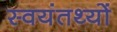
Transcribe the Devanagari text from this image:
स्वयंतथ्यों